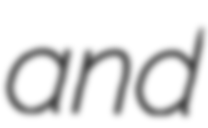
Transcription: and